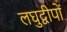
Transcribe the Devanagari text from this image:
लघुद्वीपों